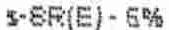
S-SR(E) - 6%